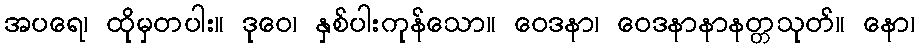
အပရေ၊ ထိုမှတပါး။ ဒုဝေ၊ နှစ်ပါးကုန်သော။ ဝေဒနာ၊ ဝေဒနာနာနတ္တသုတ်။ နော၊